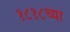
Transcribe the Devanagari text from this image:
१८१८च्या